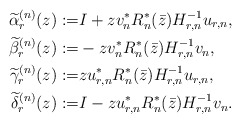
\begin{align*} \widetilde \alpha_r^{(n)}(z):=&I+z v_n^*R_n^*(\bar z)H_{r,n}^{-1}u_{r,n}, \\ \widetilde\beta_r^{(n)}(z):=& -z v_n^*R_n^*(\bar z)H_{r,n}^{-1}v_n, \\ \widetilde\gamma_r^{(n)}(z):=& z u_{r,n}^*R_n^*(\bar z)H_{r,n}^{-1}u_{r,n}, \\ \widetilde\delta_r^{(n)}(z):=& I-z u_{r,n}^*R_n^*(\bar z)H_{r,n}^{-1}v_n. \end{align*}